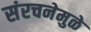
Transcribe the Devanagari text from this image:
संरचनेमुळे